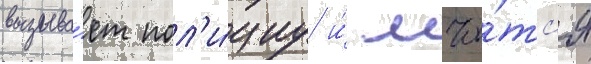
вызыва́ет пол'и́циу и́ мчи́тс'я